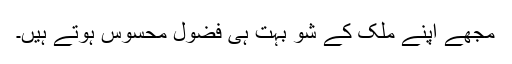
مجھے اپنے ملک کے شو بہت ہی فضول محسوس ہوتے ہیں۔